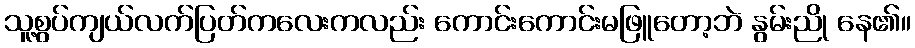
သူ့စွပ်ကျယ်လက်ပြတ်ကလေးကလည်း ကောင်းကောင်းမဖြူတော့ဘဲ နွမ်းညို နေ၏။